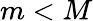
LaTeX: m<M